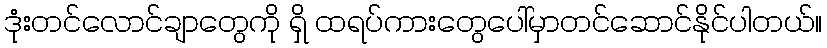
ဒုံးတင်လောင်ချာတွေကို ရှိ ထရပ်ကားတွေပေါ်မှာတင်ဆောင်နိုင်ပါတယ်။